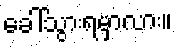
ခေါ်သွားရမှာလား။